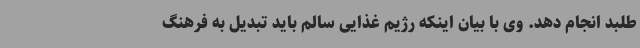
طلبد انجام دهد. وی با بیان اینکه رژیم غذایی سالم باید تبدیل به فرهنگ